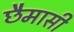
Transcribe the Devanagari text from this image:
छैमासी